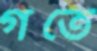
গতে